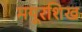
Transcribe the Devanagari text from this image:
मयूरशिख